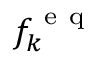
f _ { k } ^ { \mathrm { ~ e ~ q ~ } }